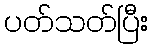
ပတ်သတ်ပြီး